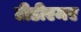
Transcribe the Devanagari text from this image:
टीडीएमए